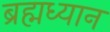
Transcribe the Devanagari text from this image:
ब्रह्मध्यान